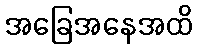
အခြေအနေအထိ